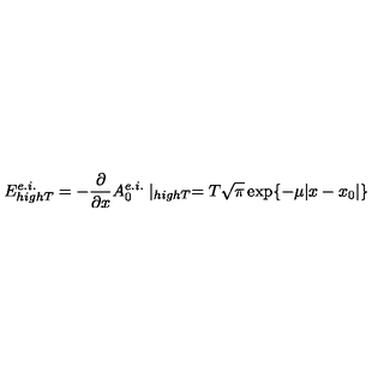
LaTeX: E _ { h i g h T } ^ { e . i . } = - \frac { \partial } { \partial x } A _ { 0 } ^ { e . i . } \mid _ { h i g h T } = T \sqrt { \pi } \exp \{ - \mu | x - x _ { 0 } | \}